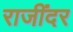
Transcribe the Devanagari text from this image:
राजींदर